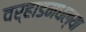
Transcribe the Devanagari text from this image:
वर्‍हाडमधल्या